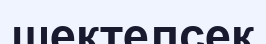
шектелсек